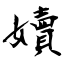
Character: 嬻